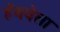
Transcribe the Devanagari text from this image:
हॅथवेला